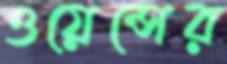
ওয়েন্সের